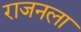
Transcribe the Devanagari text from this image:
राजनला